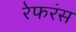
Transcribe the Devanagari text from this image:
रेफरंस